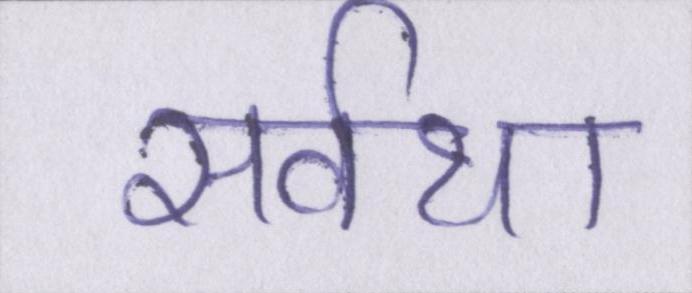
सर्वथा